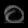
Digit: ၀